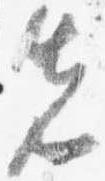
先